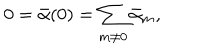
0 = { \bar { \alpha } } ( 0 ) = \sum _ { m \neq 0 } { \bar { \alpha } } _ { m } ,